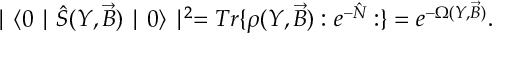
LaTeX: \mid \langle 0 \mid \hat { S } ( Y , \vec { B } ) \mid 0 \rangle \mid ^ { 2 } = T r \{ \rho ( Y , \vec { B } ) : e ^ { - \hat { N } } : \} = e ^ { - \Omega ( Y , \vec { B } ) } .